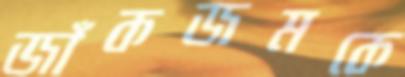
জাঁকজমকে